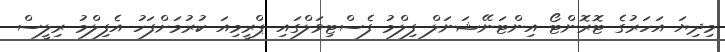
މިދިޔަ އަހަރުގެ ޓޮރޮންޓޯ އިންޓަނޭޝަނަލް ފިލްމު ފެސްޓިވަލްގައި ޕްރީމިއަ ކުރުމަށްފަހު އެފިލްމު ރިލީސް